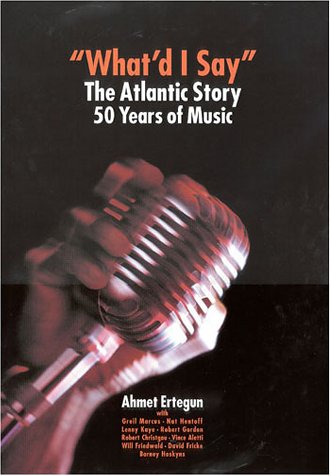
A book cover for What'd I Say?: The Atlantic Story; Ahmet Ertegun; Arts & Photography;